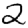
Digit: 2